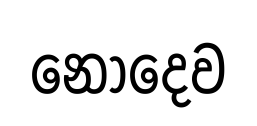
නොදෙව